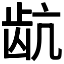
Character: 𬹽